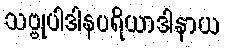
သဗ္ဗုပါဒါနပရိယာဒါနာယ